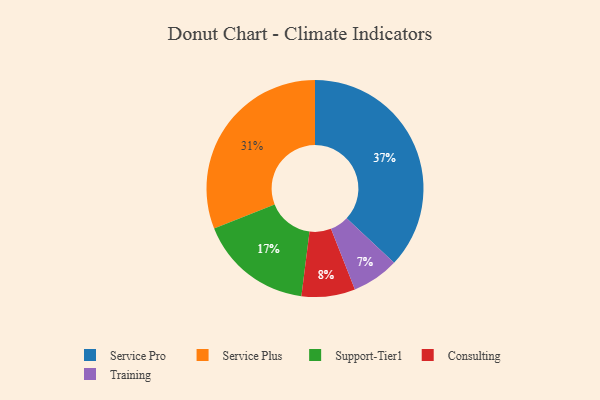
{"axis": {"x": "Category", "y": "Percentage"}, "legend": ["Consulting", "Service Plus", "Service Pro", "Support-Tier1", "Training"], "data": [{"x": "Consulting", "y": 8, "type": "Consulting"}, {"x": "Training", "y": 7, "type": "Training"}, {"x": "Support-Tier1", "y": 17, "type": "Support-Tier1"}, {"x": "Service Pro", "y": 37, "type": "Service Pro"}, {"x": "Service Plus", "y": 31, "type": "Service Plus"}]}